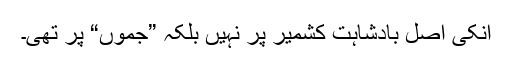
انکی اصل بادشاہت کشمیر پر نہیں بلکہ ”جموں“ پر تھی۔